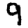
Digit: 9